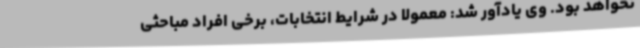
نخواهد بود. وی یادآور شد: معمولا در شرایط انتخابات، برخی افراد مباحثی